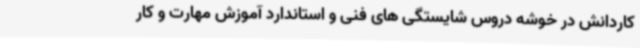
کاردانش در خوشه دروس شایستگی های فنی و استاندارد آموزش مهارت و کار